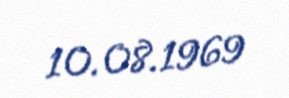
10.08.1969